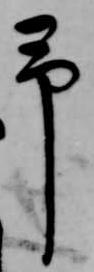
予